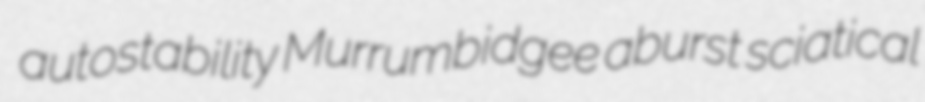
autostability Murrumbidgee aburst sciatical